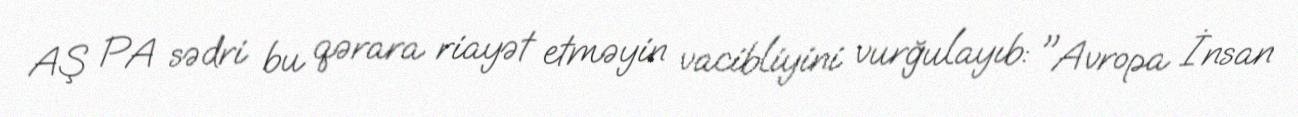
AŞ PA sədri bu qərara riayət etməyin vacibliyini vurğulayıb: "Avropa İnsan